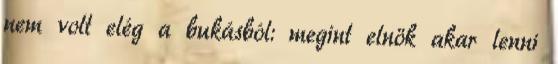
nem volt elég a bukásból: megint elnök akar lenni